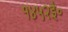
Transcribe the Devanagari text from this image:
१४५२ई॰